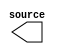

module manual_rst (
	source);	

	output	[3:0]	source;
endmodule